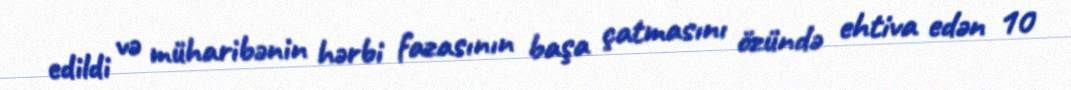
edildi və müharibənin hərbi fazasının başa çatmasını özündə ehtiva edən 10